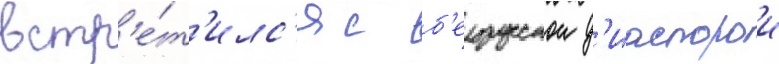
встр'е́т'илс'я с б'елорусскои д'иаспорои